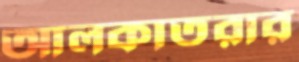
আলকাতরার